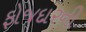
ફોજદારની